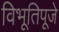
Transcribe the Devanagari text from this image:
विभूतिपूजे